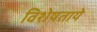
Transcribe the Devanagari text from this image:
विशेषताये